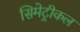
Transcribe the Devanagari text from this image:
सिमेट्रीकल